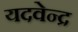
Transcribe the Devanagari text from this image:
यदवेन्द्र